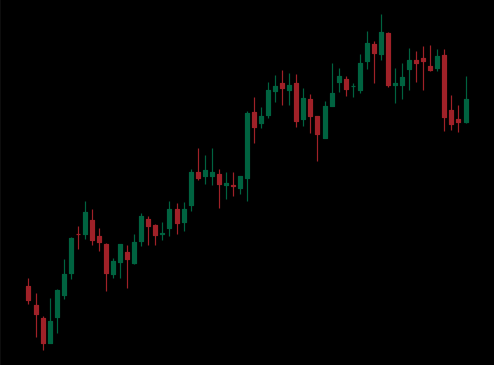
Pattern: bear_flag